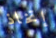
إتخاذ